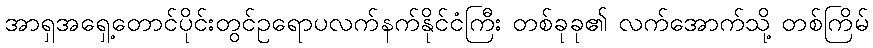
အာရှအရှေ့တောင်ပိုင်းတွင်ဥရောပလက်နက်နိုင်ငံကြီး တစ်ခုခု၏ လက်အောက်သို့ တစ်ကြိမ်